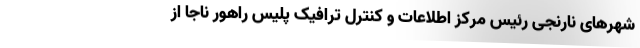
شهر‌های نارنجی رئیس مرکز اطلاعات و کنترل ترافیک پلیس راهور ناجا از